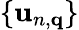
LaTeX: \{ \mathbf{u}_{n,{\mathbf{q}}}\}